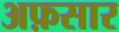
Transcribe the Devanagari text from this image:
अफ़सार